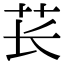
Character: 苌